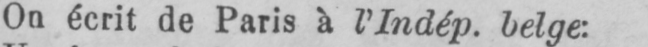
On écrit de Paris à l’Indép. belge: